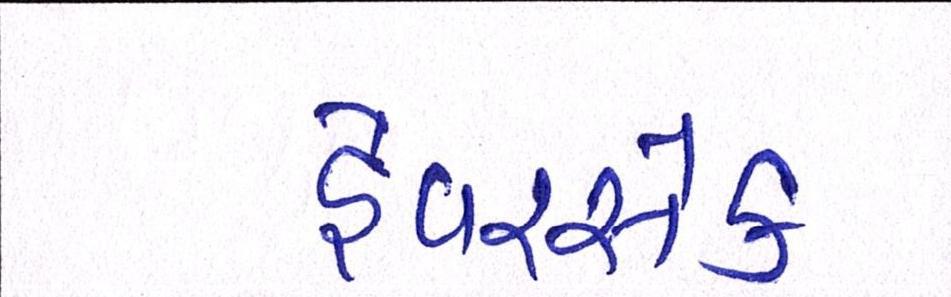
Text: હેવરસેક